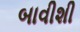
બાવીશી